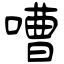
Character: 嘈